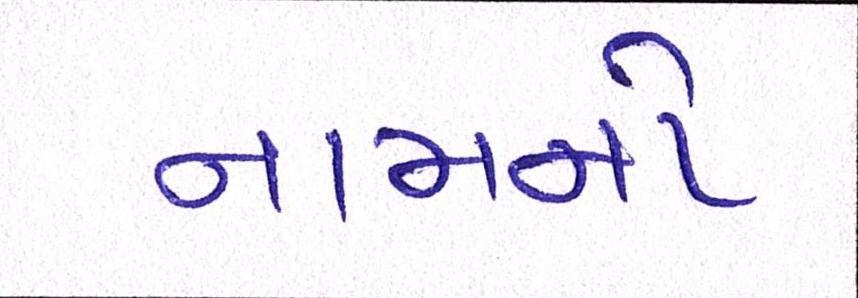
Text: નામનો